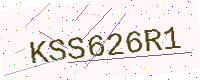
Text: KSS626R1